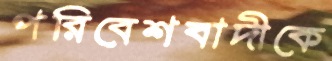
পরিবেশবাদীকে